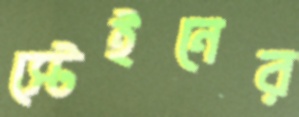
স্টেইনের